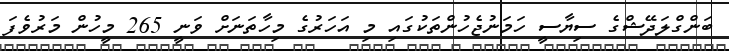
ބަންގްލަދޭޝްގެ ސިޔާސީ ހަމަނުޖެހުންތަކުގައި މި އަހަރުގެ މިހާތަނަށް ވަނީ 265 މީހުން މަރުވެފަ